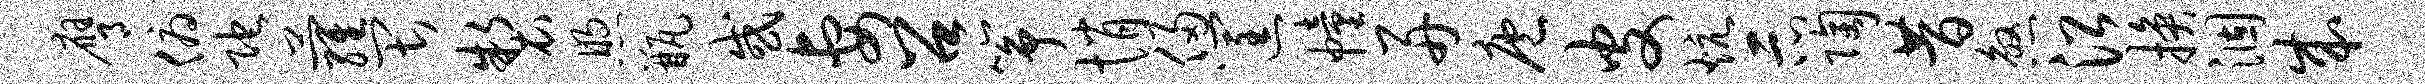
膺俯陀萝畏制煦瓶或妻召筝悄侵筐幢舟庖皮炕示陶昔煞沿换涸成